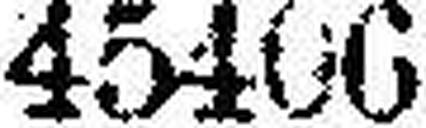
45406